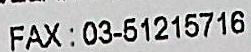
FAX: 03-51215716